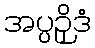
အပ္ပဉှိဒံ